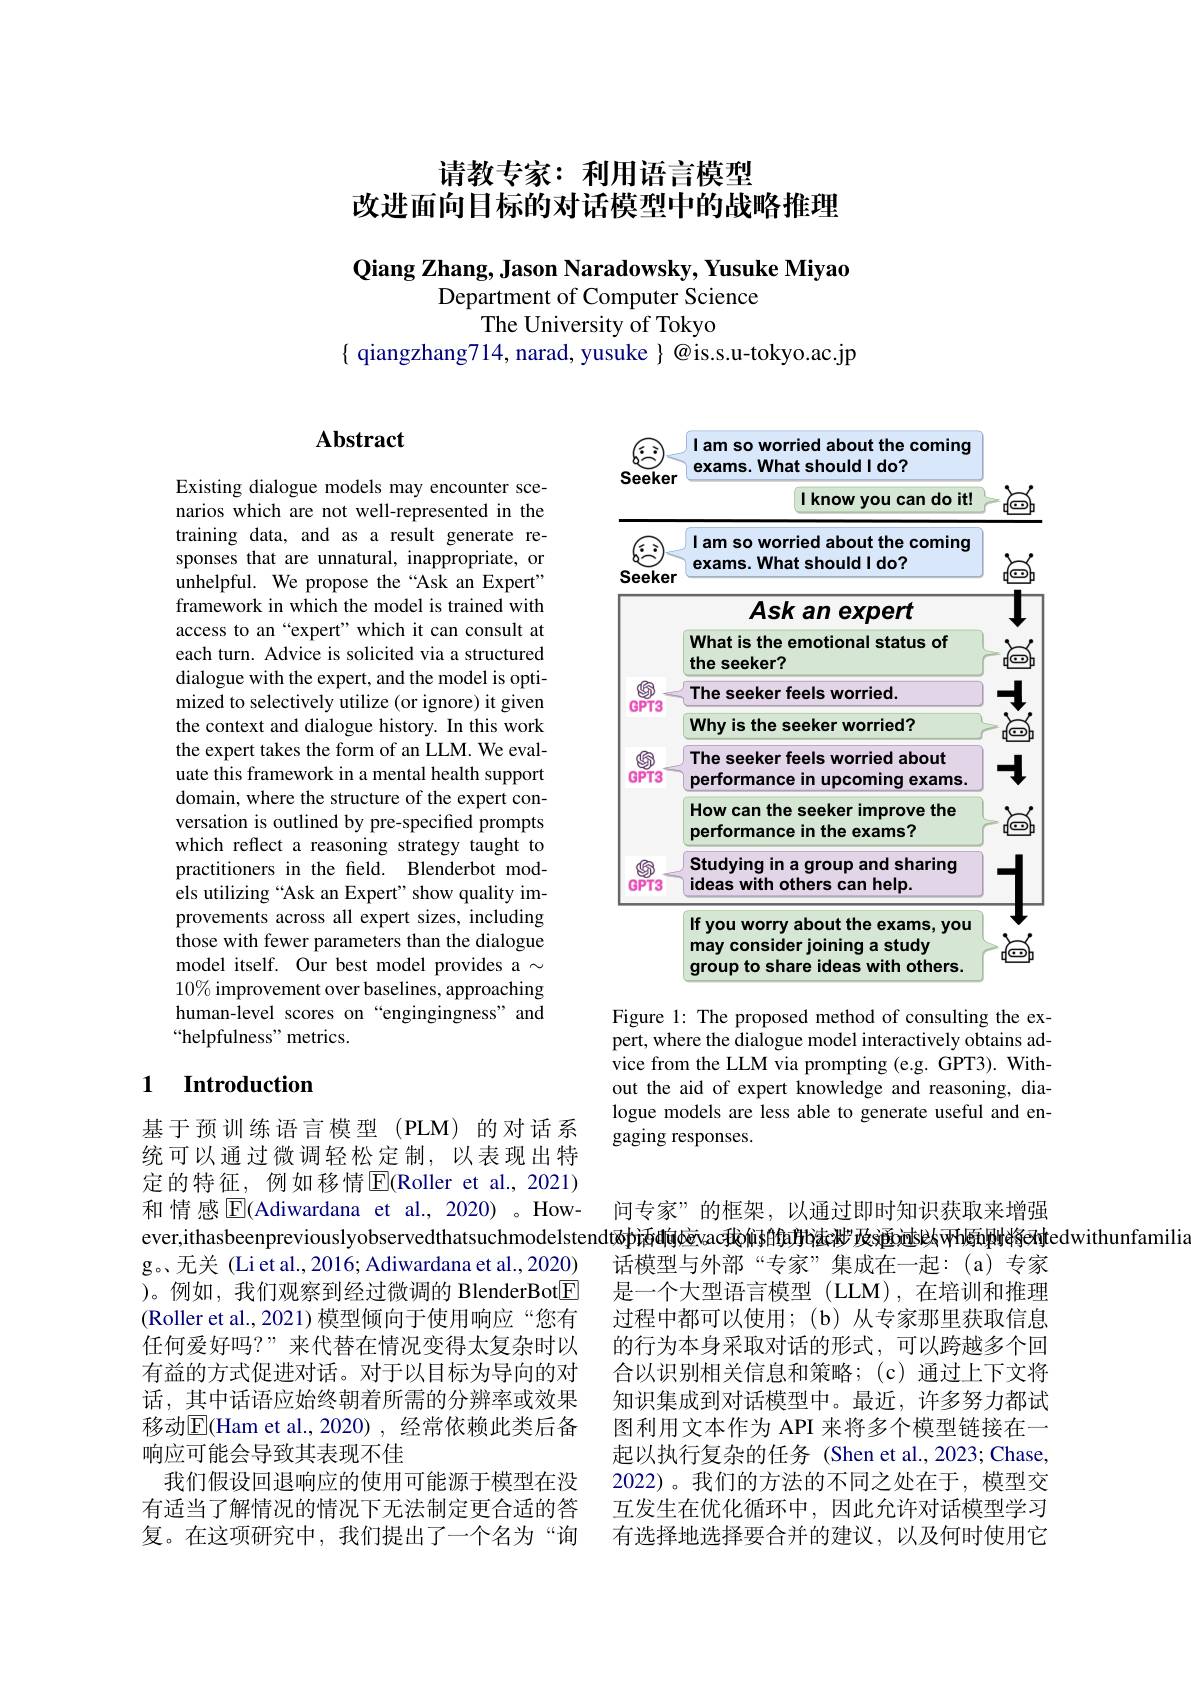
# 请教专家：利用语言模型改进面向目标的对话模型中的战略推理

Qiang Zhang, Jason Naradowsky, Yusuke Miyao
Department of Computer Science
The University of Tokyo
{ qiangzhang714, narad, yusuke}@is.s.u-tokyo.ac.jp

# Abstract

Existing dialogue models may encounter scenarios which are not well-represented in the training data, and as a result generate responses that are unnatural, inappropriate, or unhelpful. We propose the“Ask an Expert” framework in which the model is trained with access to an “expert”which it can consult at each turn. Advice is solicited via a structured dialogue with the expert, and the model is optimized to selectively utilize (or ignore) it given the context and dialogue history. In this work the expert takes the form of an LLM. We evaluate this framework in a mental health support domain, where the structure of the expert conversation is outlined by pre-specified prompts which reflect a reasoning strategy taught to practitioners in the field. Blenderbot models utilizing “Ask an Expert" show quality improvements across all expert sizes, including those with fewer parameters than the dialogue model itself. Our best model provides a $\sim$ $10\%$ improvement over baselines, approaching human-level scores on “engingingness” and “helpfulness" metrics.

## 1 $\textbf{Introduction}$

基于预训练语言模型(PLM)的对话系统可以通过微调轻松定制，以表现出特定的特征，例如移情$\overline{\mathrm{E}}($Roller et al.,2021) 和情感$\overline{\mathbb{E}}($Adiwardana et al., 2020)。However,ithasbeenpreviouslyobservedthatsuchmodelstendt®þ话确向夜acdà柳s的助推c咪 政s通ois以W願płłęeñțedwithunfamilia
g。无关 (Liet al.,2016; Adiwardana et al.,2020) )。例如，我们观察到经过微调的 BlenderBot$\boxed{\mathrm{F}}$ (Roller et al., 2021) 模型倾向于使用响应“您有任何爱好吗？”来代替在情况变得太复杂时以有益的方式促进对话。对于以目标为导向的对话，其中话语应始终朝着所需的分辨率或效果移动$\overline{\mathrm{E}}($Ham et al.,2020),经常依赖此类后备响应可能会导致其表现不佳
我们假设回退响应的使用可能源于模型在没有适当了解情况的情况下无法制定更合适的答复。在这项研究中，我们提出了一个名为“询

<FigureHere>

Figure 1: The proposed method of consulting the expert, where the dialogue model interactively obtains advice from the LLM via prompting (e.g. GPT3). Without the aid of expert knowledge and reasoning, dialogue models are less able to generate useful and engaging responses.

问专家”的框架，以通过即时知识获取来增强话模型与外部“专家”集成在一起：(a)专家是一个大型语言模型(LLM),在培训和推理过程中都可以使用；(b)从专家那里获取信息的行为本身采取对话的形式，可以跨越多个回合以识别相关信息和策略；(c)通过上下文将知识集成到对话模型中。最近，许多努力都试图利用文本作为 API 来将多个模型链接在一起以执行复杂的任务(Shen et al.,2023; Chase, 2022)。我们的方法的不同之处在于，模型交互发生在优化循环中，因此允许对话模型学习有选择地选择要合并的建议，以及何时使用它